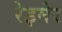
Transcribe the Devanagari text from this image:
रेइमेर